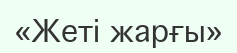
«Жеті жарғы»